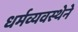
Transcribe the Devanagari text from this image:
धर्मव्यवस्थेने